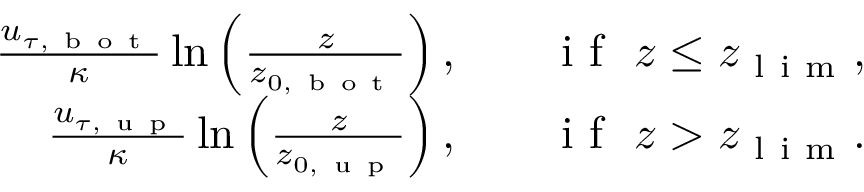
\begin{array} { r l r } { \frac { u _ { \tau , \mathrm { ~ b ~ o ~ t ~ } } } { \kappa } \ln \left( \frac { z } { z _ { 0 , \mathrm { ~ b ~ o ~ t ~ } } } \right) , } & { { } } & { \mathrm { ~ i ~ f ~ } \ z \leq z _ { \mathrm { ~ l ~ i ~ m ~ } } , } \\ { \frac { u _ { \tau , \mathrm { ~ u ~ p ~ } } } { \kappa } \ln \left( \frac { z } { z _ { 0 , \mathrm { ~ u ~ p ~ } } } \right) , } & { { } } & { \mathrm { ~ i ~ f ~ } \ z > z _ { \mathrm { ~ l ~ i ~ m ~ } } . } \end{array}